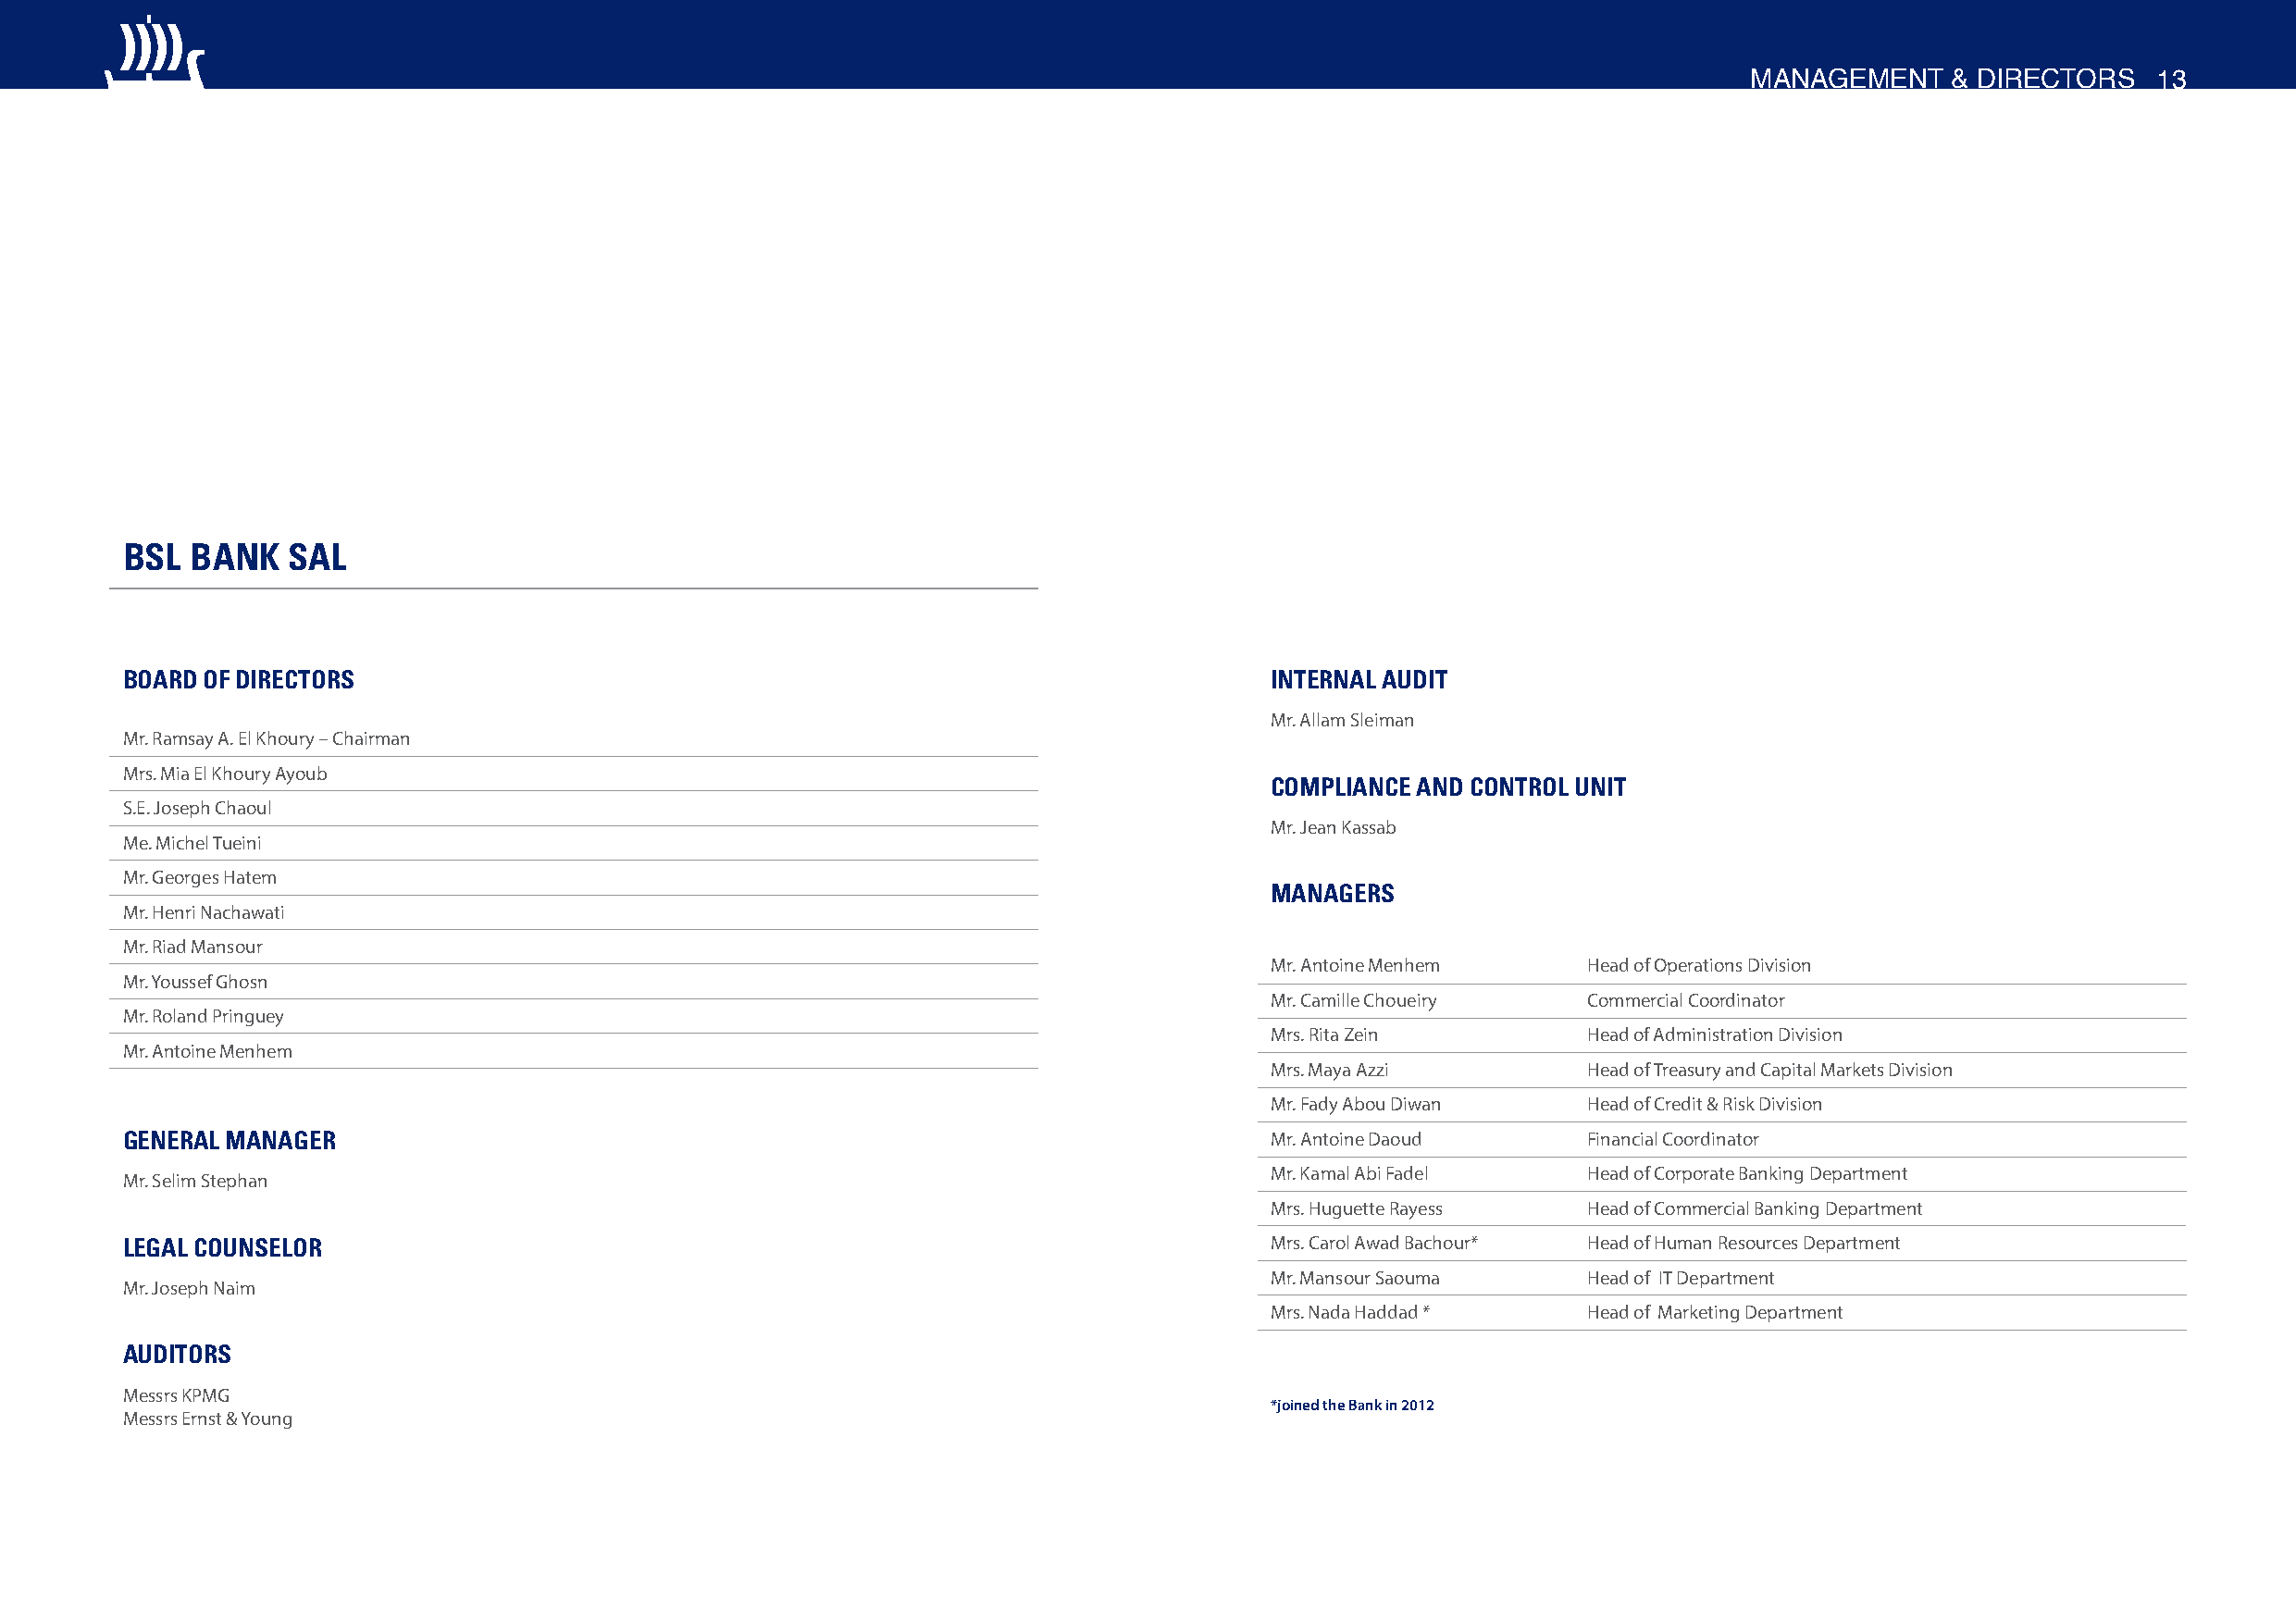
MANAGEMENT     & DIRECTORS   13
 BSL  BANK   SAL
 BOARD OF DIRECTORS                                                                INTERNAL AUDIT
 Mr. Allam Sleiman
 Mr. Ramsay A. El Khoury – Chairman
 Mrs. Mia El Khoury Ayoub
 COMPLIANCE AND CONTROL UNIT
 S.E. Joseph Chaoul
 Mr. Jean Kassab
 Me. Michel Tueini
 Mr. Georges Hatem
 MANAGERS
 Mr. Henri Nachawati
 Mr. Riad Mansour
 Mr. Antoine Menhem     Head of Operations Division
 Mr. Youssef Ghosn
 Mr. Camille Choueiry   Commercial Coordinator
 Mr. Roland Pringuey
 Mrs. Rita Zein         Head of Administration Division
 Mr. Antoine Menhem
 Mrs. Maya Azzi         Head of Treasury and Capital Markets Division
 Mr. Fady Abou Diwan    Head of Credit & Risk Division
 GENERAL MANAGER                                                                   Mr. Antoine Daoud      Financial Coordinator
 Mr. Kamal Abi Fadel    Head of Corporate Banking Department
 Mr. Selim Stephan
 Mrs. Huguette Rayess   Head of Commercial Banking Department
 LEGAL COUNSELOR                                                                   Mrs. Carol Awad Bachour* Head of Human Resources Department
 Mr. Mansour Saouma     Head of IT Department
 Mr. Joseph Naim
 Mrs. Nada Haddad *     Head of Marketing Department
 AUDITORS
 Messrs KPMG
 *joined the Bank in 2012
 Messrs Ernst & Young